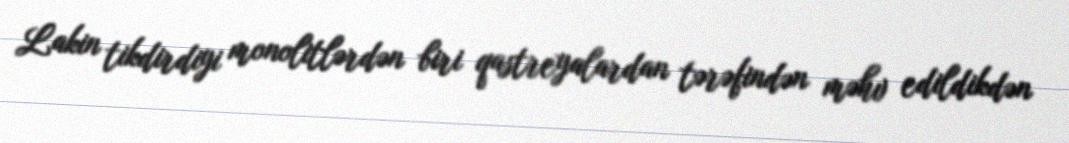
Lakin tikdirdiyi monolitlərdən biri qastreyalardan tərəfindən məhv edildikdən